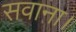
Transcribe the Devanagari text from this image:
सवाना।